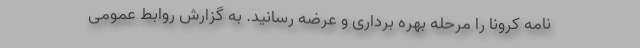
نامه کرونا را مرحله بهره برداری و عرضه رسانید. به گزارش روابط عمومی